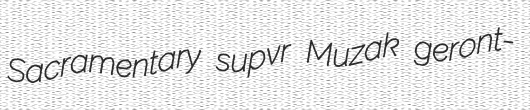
Sacramentary supvr Muzak geront-